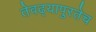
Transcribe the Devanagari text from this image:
तेवढ्यापुरतेच